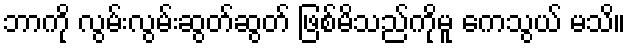
ဘာကို လွမ်းလွမ်းဆွတ်ဆွတ် ဖြစ်မိသည်ကိုမူ ကေသွယ် မသိ။